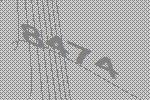
8474